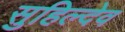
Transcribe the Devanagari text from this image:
सुहिल्देव